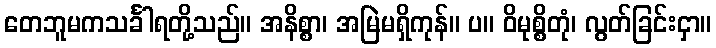
တေဘူမကသင်္ခါရတို့သည်။ အနိစ္စာ၊ အမြဲမရှိကုန်။ ပ။ ဝိမုစ္စိတုံ၊ လွတ်ခြင်းငှာ။